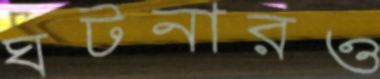
ঘটনারও